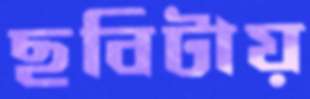
ছবিটায়